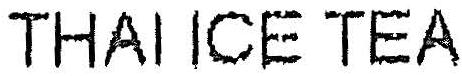
THAI ICE TEA